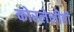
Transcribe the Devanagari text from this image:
कोरलेलीही